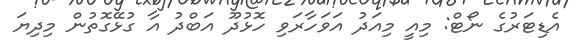
އެޑިޓަރުގެ ނޯޓް: މިއީ މިއަދު އަވަހާރަވި ހޮޅުދޫ އަބްދު އާ ގުޅޭގޮތުން މިދިޔަ